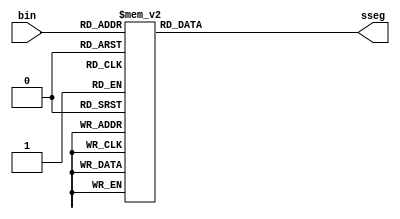
module bin_to_sseg
	(
		input wire [3:0] bin,
		output reg [6:0] sseg	// output active low
	);

	always @*
	begin
		case(bin)
			4'h0: sseg = 7'b1000000;
			4'h1: sseg = 7'b1111001;
			4'h2: sseg = 7'b0100100;
			4'h3: sseg = 7'b0110000;
			4'h4: sseg = 7'b0011001;
			4'h5: sseg = 7'b0010010;
			4'h6: sseg = 7'b0000010;
			4'h7: sseg = 7'b1111000;
			4'h8: sseg = 7'b0000000;
			4'h9: sseg = 7'b0010000;
			4'ha: sseg = 7'b0001000;
			4'hb: sseg = 7'b0000011;
			4'hc: sseg = 7'b1000110;
			4'hd: sseg = 7'b0100001;
			4'he: sseg = 7'b0000110;
			default: sseg = 7'b0001110;	// 4'hf
		endcase
	end
endmodule